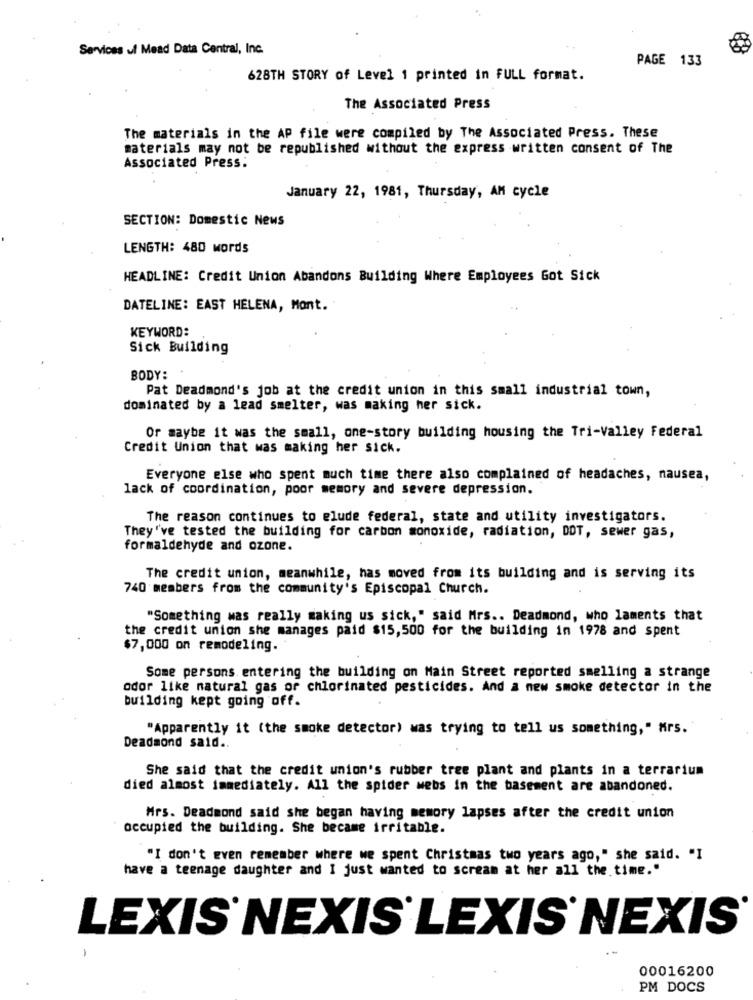
Services ul Mead Data Central, Inc.
PAGE 133
628TH STORY of Level 1 printed in FULL format.
The Associated Press
The materials in the AP file were compiled by The Associated Press. These
materials may not be republished without the express written consent of The
Associated Press:
January 22, 1981, Thursday, AM cycle
SECTION: Domestic News
LENGTH: 480 words
HEADLINE: Credit Union Abandons Building Where Employees Got Sick
DATELINE: EAST HELENA, Mont ..
KEYWORD:
Sick Building
BODY:
Pat Deadmond's job at the credit union in this small industrial town,
dominated by a lead smelter, was making her sick.
Or maybe it was the small, one-story building housing the Tri-Valley Federal
Credit Union that was making her sick.
Everyone else who spent much time there also complained of headaches, nausea,
lack of coordination, poor memory and severe depression.
The reason continues to elude federal, state and utility investigators.
They've tested the building for carbon monoxide, radiation, DDT, sewer gas,
formaldehyde and ozone.
The credit union, meanwhile, has moved from its building and is serving its
740 members from the community's Episcopal Church.
"Something was really making us sick," said Mrs .. Deadmond, who laments that
the credit union she manages paid $15,500 for the building in 1978 and spent
$7,000 on remodeling.
Some persons entering the building on Main Street reported smelling a strange
odor like natural gas or chlorinated pesticides. And a new smoke detector in the
building kept going off.
"Apparently it (the smoke detector) was trying to tell us something," Mrs.
Deadmond said ..
She said that the credit union's rubber tree plant and plants in a terrarium
died almost immediately. All the spider webs in the basement are abandoned.
Mrs. Deadmond said she began having memory lapses after the credit union
occupied the building. She became irritable.
"I don't even remember where we spent Christmas two years ago," she said. "I
have a teenage daughter and I just wanted to scream at her all the time."
LEXIS NEXIS LEXIS NEXIS
00016200
PM DOCS